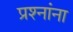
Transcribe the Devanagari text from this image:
प्रश्‍नांना